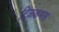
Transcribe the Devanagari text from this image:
टिळकभक्त